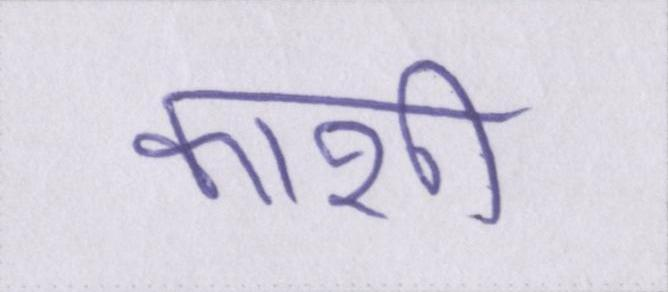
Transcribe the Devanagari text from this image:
काशी